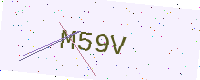
Text: M59V